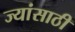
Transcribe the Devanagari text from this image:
ज्यांसाठी